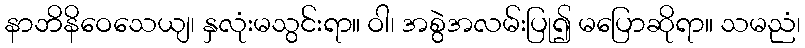
နာဘိနိဝေသေယျ၊ နှလုံးမသွင်းရာ။ ဝါ၊ အစွဲအလမ်းပြု၍ မပြောဆိုရာ။ သမညံ၊